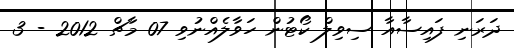
ދަރަނި ފައިސާއާ ސިވިލް ކޯޓުން ހަވާލެއްނުވި 07 މާޗް 2012 - 3